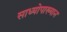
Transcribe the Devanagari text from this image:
साध्योपाख्यान